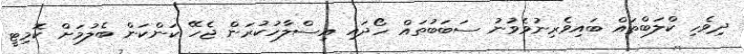
ދިވެހި ކްލަބްތައް ބައިވެރިނުވެވުނު ސަބަބުތައް ހޯދައި އިސްލާހުކުރަން ޖެހޭ ކަންކަން ބެލުމަށް ކޮމިޓީ